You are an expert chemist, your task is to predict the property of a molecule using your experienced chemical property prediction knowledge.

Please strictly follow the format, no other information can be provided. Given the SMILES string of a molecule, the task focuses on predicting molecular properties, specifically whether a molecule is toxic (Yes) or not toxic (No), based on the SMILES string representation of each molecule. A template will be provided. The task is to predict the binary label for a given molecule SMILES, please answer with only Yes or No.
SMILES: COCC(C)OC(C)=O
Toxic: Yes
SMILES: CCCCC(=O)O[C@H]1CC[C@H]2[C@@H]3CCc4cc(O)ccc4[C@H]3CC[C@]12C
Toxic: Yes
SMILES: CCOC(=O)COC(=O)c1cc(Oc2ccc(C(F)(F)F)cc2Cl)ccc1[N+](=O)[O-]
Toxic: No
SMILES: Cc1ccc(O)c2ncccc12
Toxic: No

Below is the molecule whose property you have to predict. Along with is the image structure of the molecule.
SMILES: C=CC(=O)OCCn1c(=O)n(CCOC(=O)C=C)c(=O)n(CCOC(=O)C=C)c1=O
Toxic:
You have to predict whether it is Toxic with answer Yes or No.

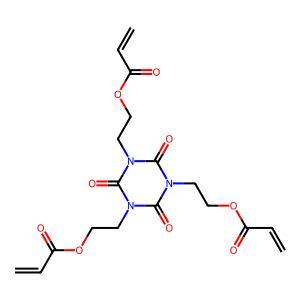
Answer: No